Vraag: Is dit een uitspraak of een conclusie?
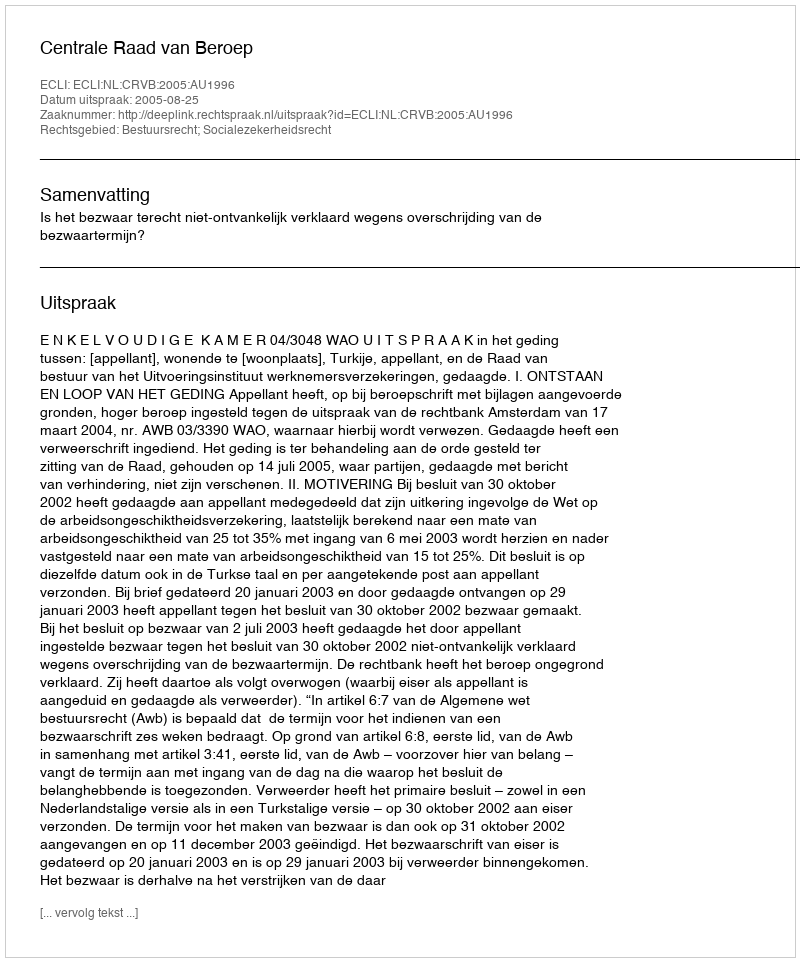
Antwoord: Uitspraak